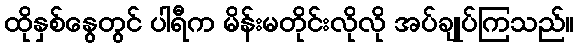
ထိုနှစ်နွေတွင် ပါရီက မိန်းမတိုင်းလိုလို အပ်ချုပ်ကြသည်။